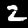
Label: 2